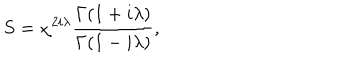
LaTeX: S = \chi ^ { 2 i \lambda } \frac { \Gamma ( 1 + i \lambda ) } { \Gamma ( 1 - i \lambda ) } ,